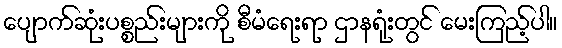
ပျောက်ဆုံးပစ္စည်းများကို စီမံရေးရာ ဌာနရုံးတွင် မေးကြည့်ပါ။